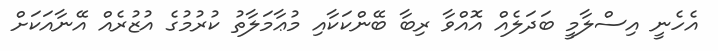
އެހެނީ އިސްލާމީ ބަދަލެއް އޮއްވާ ރިބާ ބޭންކަކާއި މުޢާމަލާތު ކުރުމުގެ އުޒުރެއް އޭނާއަކަށް